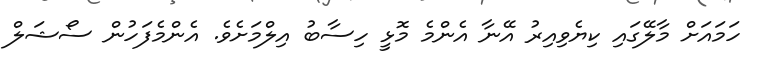
ހަމައަށް މާލޭގައި ކިޔެވިއިރު އޭނާ އެންމެ މޮޅީ ހިސާބު އިލްމަށެވެ. އެންމެފަހުން ސޯޝަލް